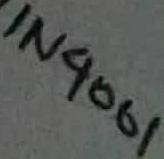
Text: IN4001